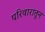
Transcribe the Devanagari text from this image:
परिवारातुन